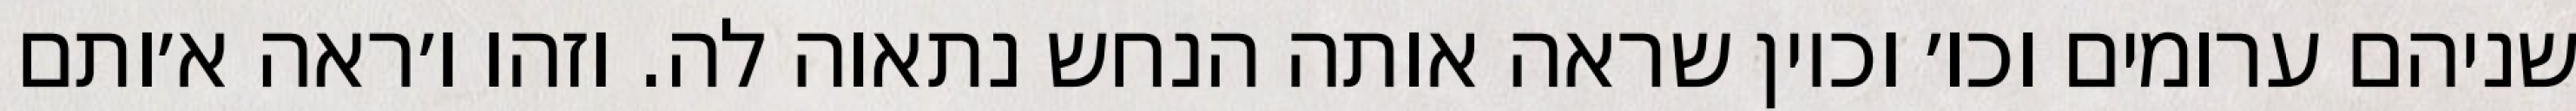
שניהם ערומים וכו׳ וכיון שראה אותה הנחש נתאוה לה. וזהו ו׳ראה א׳ותם